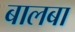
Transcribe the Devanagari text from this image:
बालबा